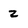
Character: 2